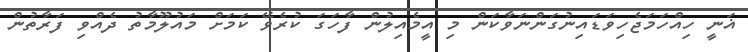
ޣަނީ ހިއްހަމަޖެހިވަޑައިނުގަންނަވާކަން މި އީމެއިލުން ފާހަގަ ކުރެވޭ ކަމަށް މައުލޫމާތު ދެއްވި ފަރާތުން